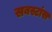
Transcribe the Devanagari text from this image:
सबस्टांस